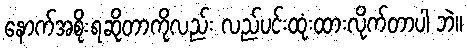
နောက်အစိုးရဆိုတာကိုလည်း လည်ပင်းထုံးထားလိုက်တာပါ ဘဲ။